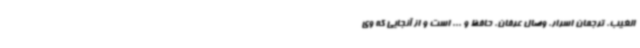
الغیب، ترجمان اسرار، وصال عرفان، حافظ و ... است و از آنجایی که وی